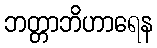
ဘတ္တာဘိဟာရေန